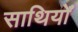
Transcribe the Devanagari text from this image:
साथियोँ